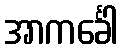
အာကင်္ခေါ